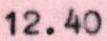
12.40